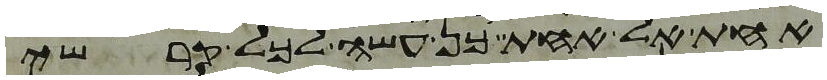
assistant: אחת אל אחת כן עשה לכל קרשי